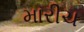
મારીચ